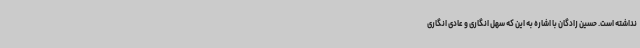
نداشته است. حسین زادگان با اشاره به این که سهل انگاری و عادی انگاری